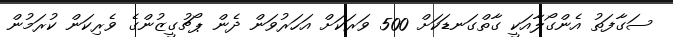
ސަގާފަތު އެންގޯލާއަކީ ގާތްގަނޑަކަށް 500 ވަރަކަށް އަހަރުވަން ދެން ޕޯޗުގީޒުންގެ ވެރިކަން ކުރަމުން